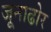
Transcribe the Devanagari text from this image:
जूनाढोर